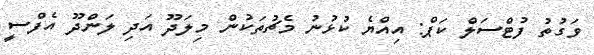
ވަގުތު ފުޓްސަލް ކަޕް: އިއްޔެ ކުޅުނު މެޗުތަކުން މިލަދޫ އަދި ލަންދޫ އެފްސީ